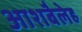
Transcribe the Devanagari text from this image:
आशबैलेह